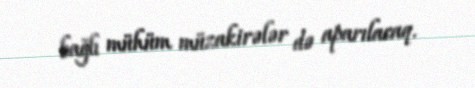
bağlı mühüm müzakirələr də aparılacaq.